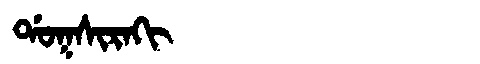
Manchu: ᡩᠣᡴᠰᡳᡵᠠᡴᡳ
Romanization: DOKSIRAKI